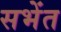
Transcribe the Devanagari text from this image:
सभेंत